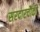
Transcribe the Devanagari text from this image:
सरदारचौकी